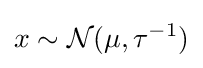
x\sim {\mathcal {N}}(\mu ,\tau ^{-1})